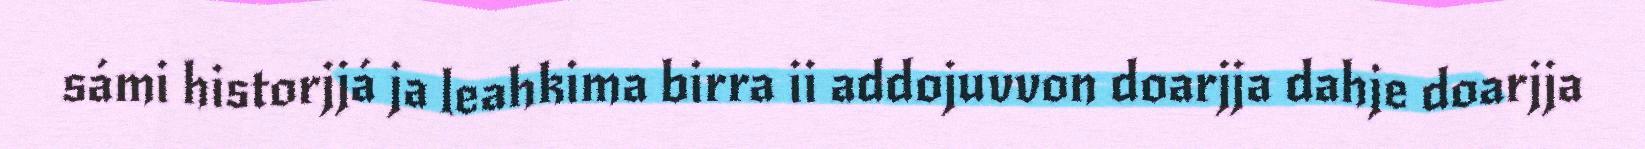
sámi historjjá ja leahkima birra ii addojuvvon doarjja dahje doarjja